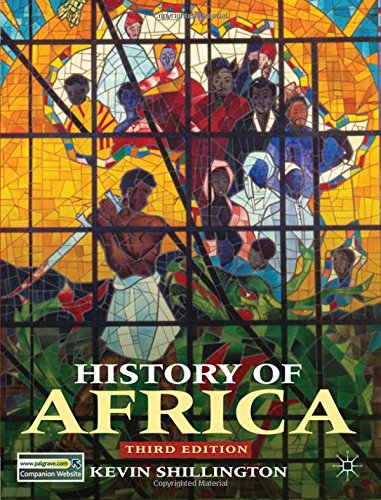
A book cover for History of Africa; Kevin Shillington; History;